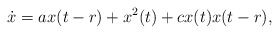
\begin{align*}\dot{x}=ax(t-r)+x^2(t)+cx(t)x(t-r),\end{align*}